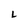
Character: L